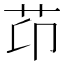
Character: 䒢